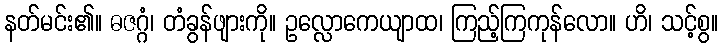
နတ်မင်း၏။ ဓဇဂ္ဂံ၊ တံခွန်ဖျားကို။ ဥလ္လောကေယျာထ၊ ကြည့်ကြကုန်လော။ ဟိ၊ သင့်စွ။